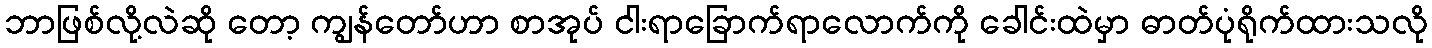
ဘာဖြစ်လို့လဲဆို တော့ ကျွန်တော်ဟာ စာအုပ် ငါးရာခြောက်ရာလောက်ကို ခေါင်းထဲမှာ ဓာတ်ပုံရိုက်ထားသလို